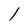
Character: l